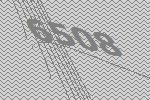
6508